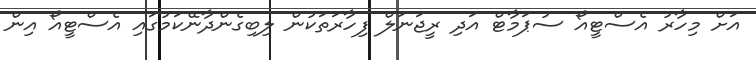
އަށް މިހާރު އެސްޓީއޯ ސުޕަމާޓް އަދި ރީޖަނަލް ފިހާރަތަކުން ލިބިގެންދާނޭކަމުގައި އެސްޓީއޯ އިން